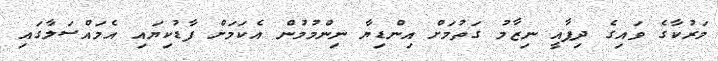
މަރުކާގެ ވައިގެ ދިފާއީ ނިޒާމު ގަތުމަށް އިންޑިޔާ ނިންމުމުން އެކަމަށް ފާޑުކިޔައި އެމައްސަލާގައި